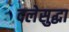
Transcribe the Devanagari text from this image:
दलेसुद्धा